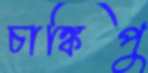
চাঙ্কিপু